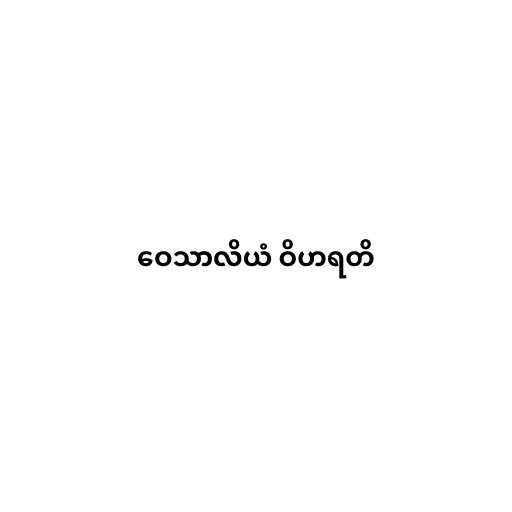
ဝေသာလိယံ ဝိဟရတိ